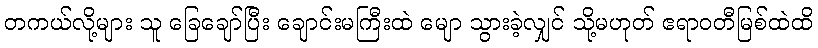
တကယ်လို့များ သူ ခြေချော်ပြီး ချောင်းမကြီးထဲ မျော သွားခဲ့လျှင် သို့မဟုတ် ဧရာဝတီမြစ်ထဲထိ